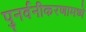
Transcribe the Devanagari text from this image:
पुनर्वनीकरणामध्ये